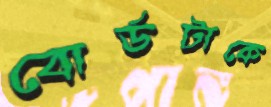
বোর্ডটাকে